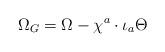
LaTeX: \begin{align*} \Omega _G=\Omega -\chi ^a\cdot\iota _a\Theta \end{align*}